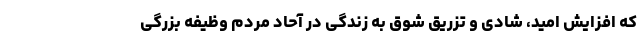
که افزایش امید، شادی و تزریق شوق به زندگی در آحاد مردم وظیفه بزرگی